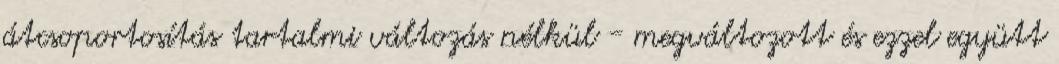
átcsoportosítás tartalmi változás nélkül - megváltozott és ezzel együtt